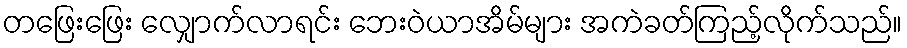
တဖြေးဖြေး လျှောက်လာရင်း ဘေးဝဲယာအိမ်များ အကဲခတ်ကြည့်လိုက်သည်။